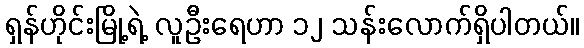
ရှန်ဟိုင်းမြို့ရဲ့ လူဦးရေဟာ ၁၂ သန်းလောက်ရှိပါတယ်။